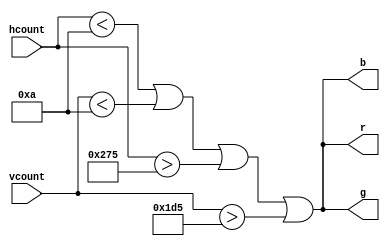
// Doty Darveaux
// ECEN 5863
// Pong Final Project

module frame(
	input [9:0] hcount, vcount,
	output r, g, b );

	wire signal_frame;

	assign signal_frame = (hcount < 10) || (vcount < 10) || (hcount > 629) || (vcount > 469);

	assign r = signal_frame;
	assign g = signal_frame;
	assign b = signal_frame;

endmodule // frame